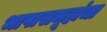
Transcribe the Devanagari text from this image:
भाषासमूहांचा